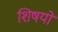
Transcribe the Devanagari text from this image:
शिषयों